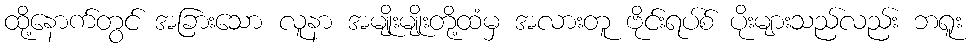
ထို့နောက်တွင် အခြားသော လူနာ အမျိုးမျိုးတို့ထံမှ အလားတူ ဗိုင်းရပ်စ် ပိုးများသည်လည်း ဘရူး